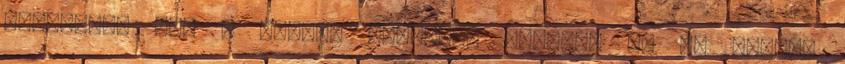
évszázada áll a magyar közösség mögött, de az elmúlt